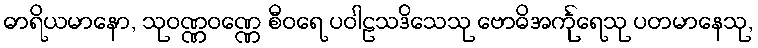
ဓာရိယမာနော, သုဝဏ္ဏဝဏ္ဏေ စီဝရေ ပဝါဠသဒိသေသု ဗောဓိအင်္ကုရေသု ပတမာနေသု,